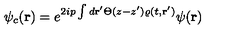
\psi _ { c } ( { \bf r } ) = e ^ { 2 i p \int d { \bf r } ^ { \prime } \Theta ( z - z ^ { \prime } ) \varrho ( t , { \bf r } ^ { \prime } ) } \psi ( { \bf r } )